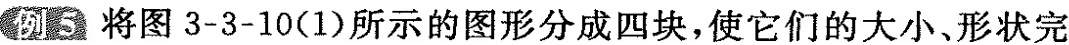
例5将图3-3-10(1)所示的图形分成四块，使它们的大小、形状完